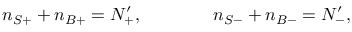
n _ { S + } + n _ { B + } = N _ { + } ^ { \prime } , \qquad \qquad n _ { S - } + n _ { B - } = N _ { - } ^ { \prime } ,